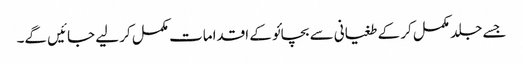
جسے جلد مکمل کر کے طغیانی سے بچائو کے اقدامات مکمل کر لیے جائیں گے۔